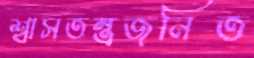
শ্বাসতন্ত্রজনিত